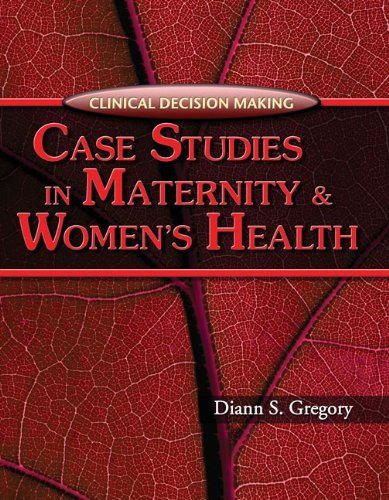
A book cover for Clinical Decision Making: Case Studies in Maternity and Women's Health (Clinical Decision Making Series); Diann S. Gregory; Medical Books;